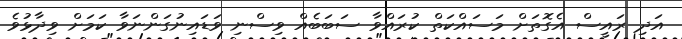
އަދި ރައީސް އެގޮތަށް މަސައްކަތް ކުރައްވާ ސަބަބެއް ވިސްނި ވަޑައިނުގަންނަވާ ކަމަށް ވިދާޅުވެ